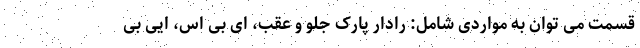
قسمت می توان به مواردی شامل: رادار پارک جلو و عقب، ای بی اس، ایی بی